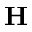
\mathbf H